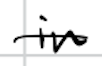
Text: in
Cross-out: single-line
Writing tool: digital_black